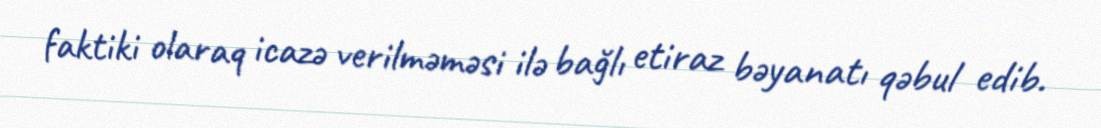
faktiki olaraq icazə verilməməsi ilə bağlı etiraz bəyanatı qəbul edib.